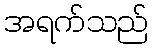
အရက်သည်